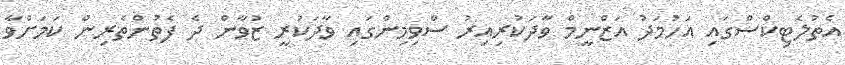
އެތުލެޓިކްސްގައި އަހުމަދު އަޒްނީމް ވާދަކުރިއިރު ސްވިމިންގައި ވާދަކުރީ ޒުވާން ދެ ފެތުންތެރިން ކަމަށްވާ